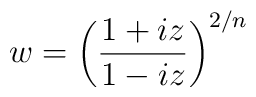
w=\left(\frac{1+iz}{1-iz}\right)^{2/n}